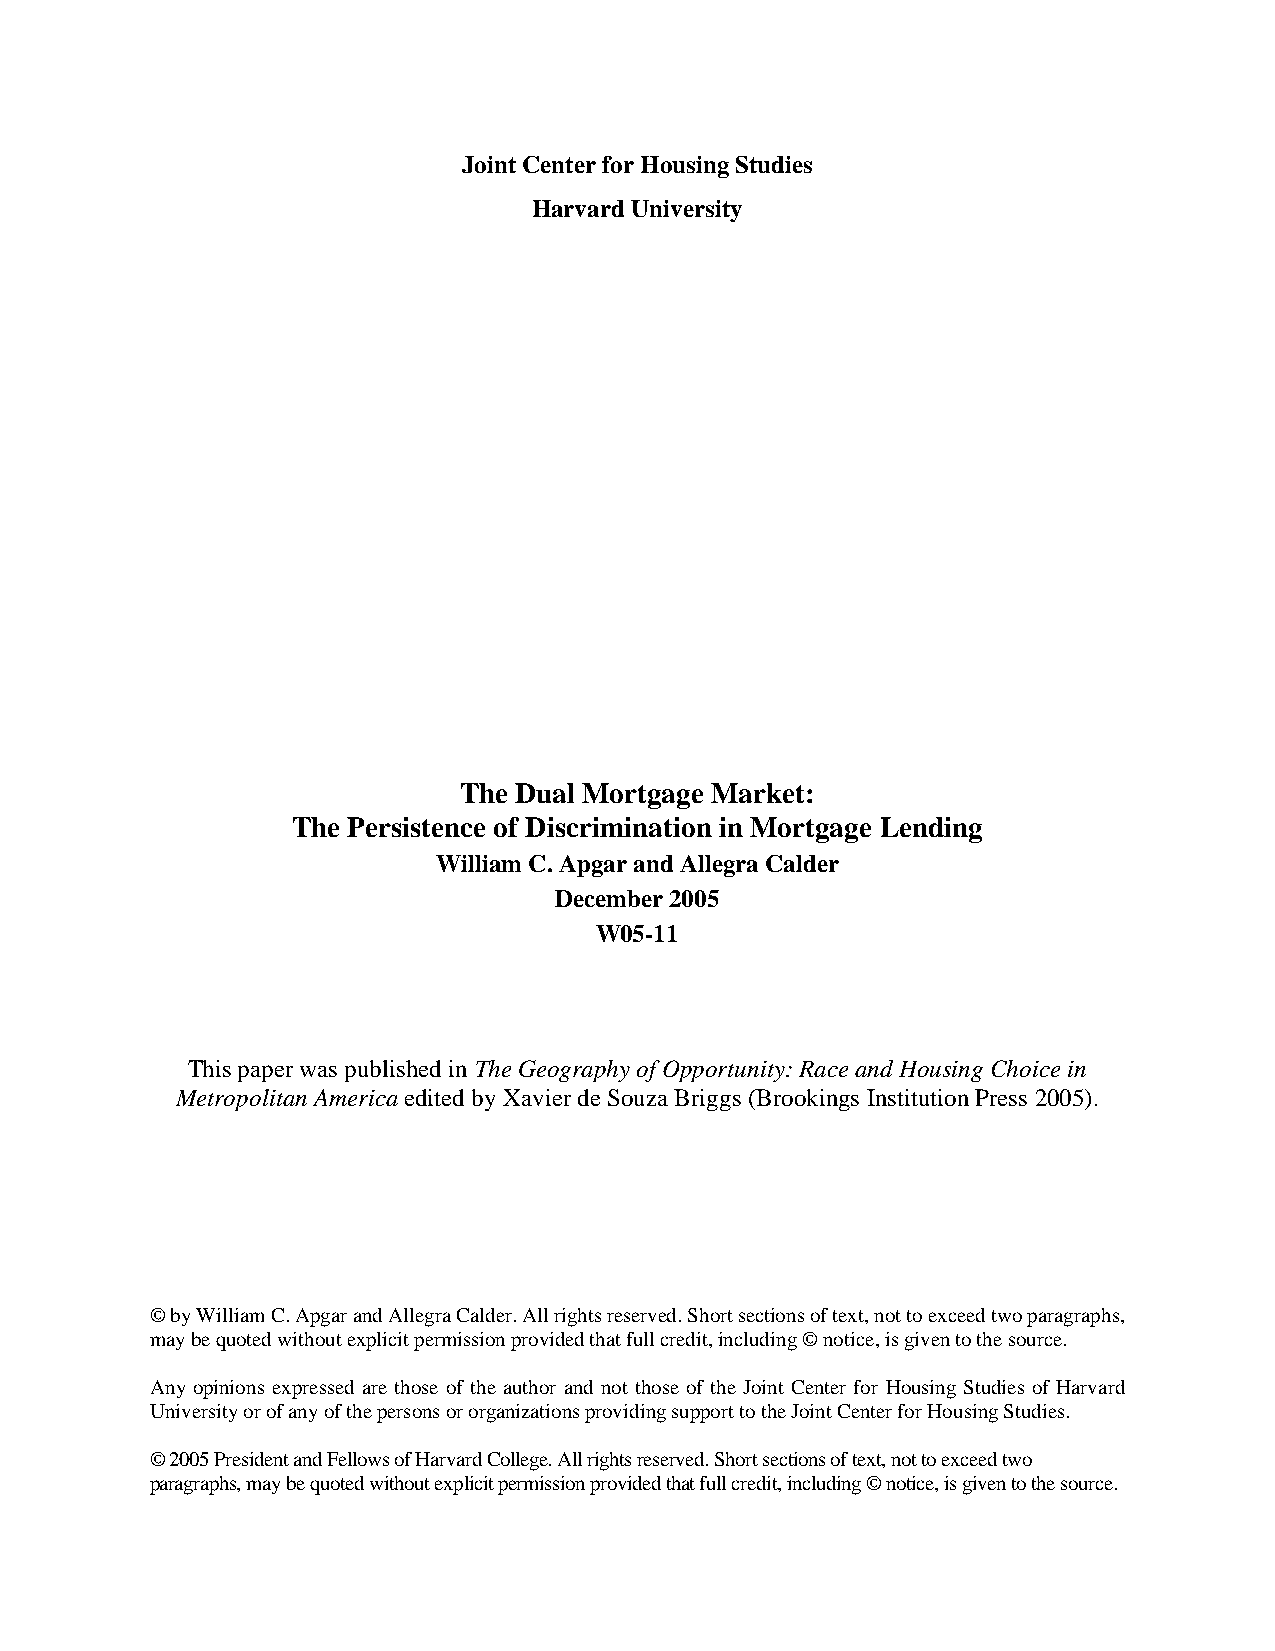
Joint Center for Housing Studies
 Harvard University
 The Dual Mortgage Market:
 The Persistence of Discrimination in Mortgage Lending
 William C. Apgar and Allegra Calder
 December 2005
 W05-11
 This paper was published in The Geography of Opportunity: Race and Housing Choice in
 Metropolitan America edited by Xavier de Souza Briggs (Brookings Institution Press 2005).
 © by William C. Apgar and Allegra Calder. All rights reserved. Short sections of text, not to exceed two paragraphs,
 may be quoted without explicit permission provided that full credit, including © notice, is given to the source.
 Any opinions expressed are those of the author and not those of the Joint Center for Housing Studies of Harvard
 University or of any of the persons or organizations providing support to the Joint Center for Housing Studies.
 © 2005 President and Fellows of Harvard College. All rights reserved. Short sections of text, not to exceed two
 paragraphs, may be quoted without explicit permission provided that full credit, including © notice, is given to the source.